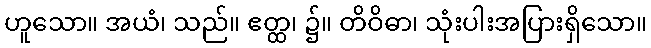
ဟူသော။ အယံ၊ သည်။ ဧတ္ထ၊ ၌။ တိဝိဓာ၊ သုံးပါးအပြားရှိသော။